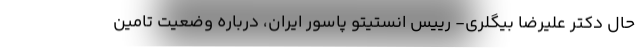
حال دکتر علیرضا بیگلری- رییس انستیتو پاسور ایران، درباره وضعیت تامین